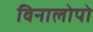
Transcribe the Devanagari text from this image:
विनालोपो